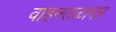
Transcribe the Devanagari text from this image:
वाहनतळावर